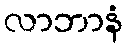
လာဘာနံ